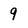
Character: 9